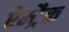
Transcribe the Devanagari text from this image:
ऐम्ट्रैक